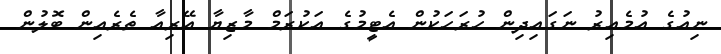
ނިއުގެ އުމެއިރު ނަގައިދިން ހުރަހަކުން އެޓީމުގެ އަކުރަމް މާޒިޔާ އޭރިއާ ތެރެއިން ބޮލުން